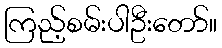
ကြည့်စမ်းပါဦးတော်။